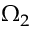
\Omega _ { 2 }